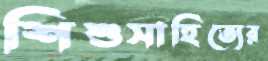
শিশুসাহিত্যের